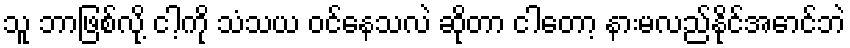
သူ ဘာဖြစ်လို့ ငါ့ကို သံသယ ဝင်နေသလဲ ဆိုတာ ငါတော့ နားမလည်နိုင်အောင်ဘဲ